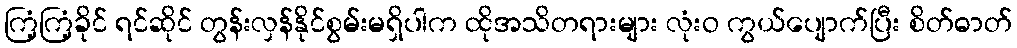
ကြံ့ကြံ့ခိုင် ရင်ဆိုင် တွန်းလှန်နိုင်စွမ်းမရှိပါက ထိုအသိတရားများ လုံးဝ ကွယ်ပျောက်ပြီး စိတ်ဓာတ်